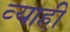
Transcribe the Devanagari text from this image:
व्‍याही